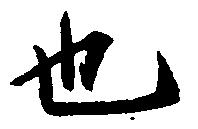
也